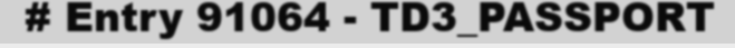
# Entry 91064 - TD3_PASSPORT